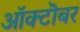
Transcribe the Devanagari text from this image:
आॅक्टॊबर